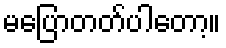
မပြောတတ်ပါတော့။